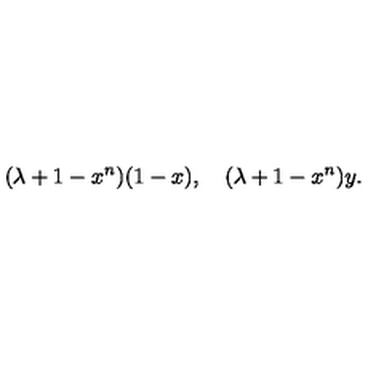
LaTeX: ( \lambda + 1 - x ^ { n } ) ( 1 - x ) , \quad ( \lambda + 1 - x ^ { n } ) y .